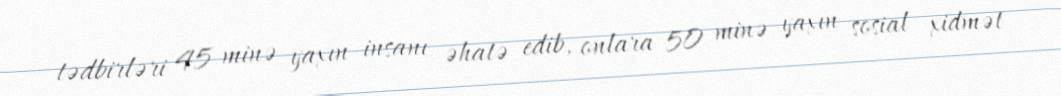
tədbirləri 45 minə yaxın insanı əhatə edib, onlara 50 minə yaxın sosial xidmət